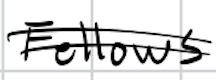
Text: Fellows
Cross-out: double-line
Writing tool: digital_black